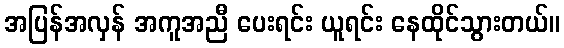
အပြန်အလှန် အကူအညီ ပေးရင်း ယူရင်း နေထိုင်သွားတယ်။